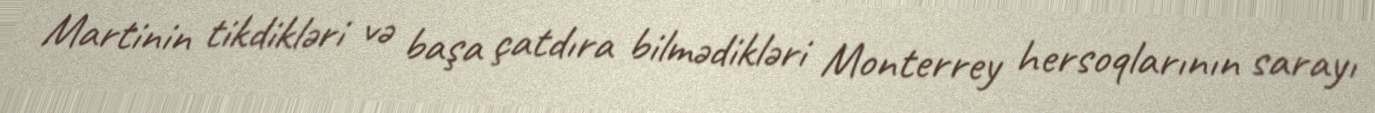
Martinin tikdikləri və başa çatdıra bilmədikləri Monterrey hersoqlarının sarayı